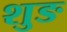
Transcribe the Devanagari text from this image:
शुङ